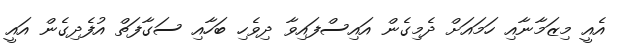
އެއީ މިޒަމާނާއި ހަަމައަށް ދެމިގެން އައިސްފައިވާ ދިވެހި ބަހާއި ސަގާފަތް އުފެދިގެން އައީ